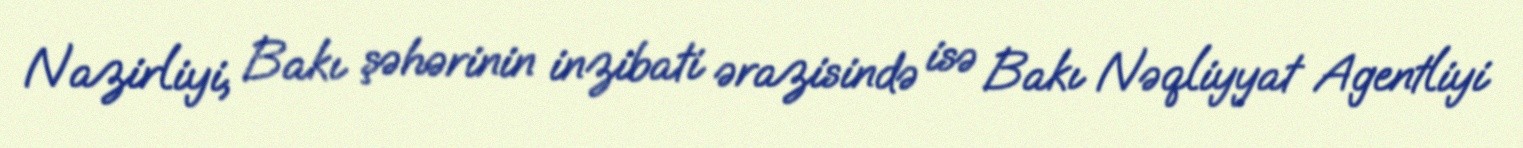
Nazirliyi, Bakı şəhərinin inzibati ərazisində isə Bakı Nəqliyyat Agentliyi